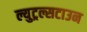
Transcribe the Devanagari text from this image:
ल्युट्रल्सटाउन